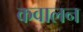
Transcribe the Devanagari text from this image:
कवालन